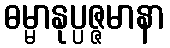
ဓမ္မာနုပ္ပဇ္ဇမာနာ